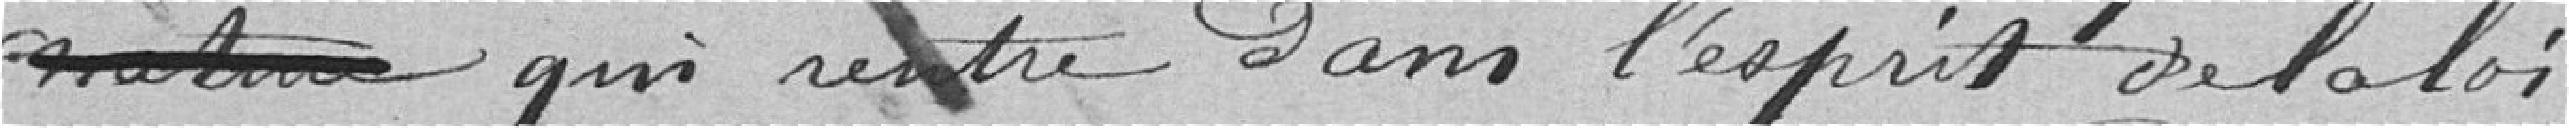
qui rentre dans l'esprit de la loi